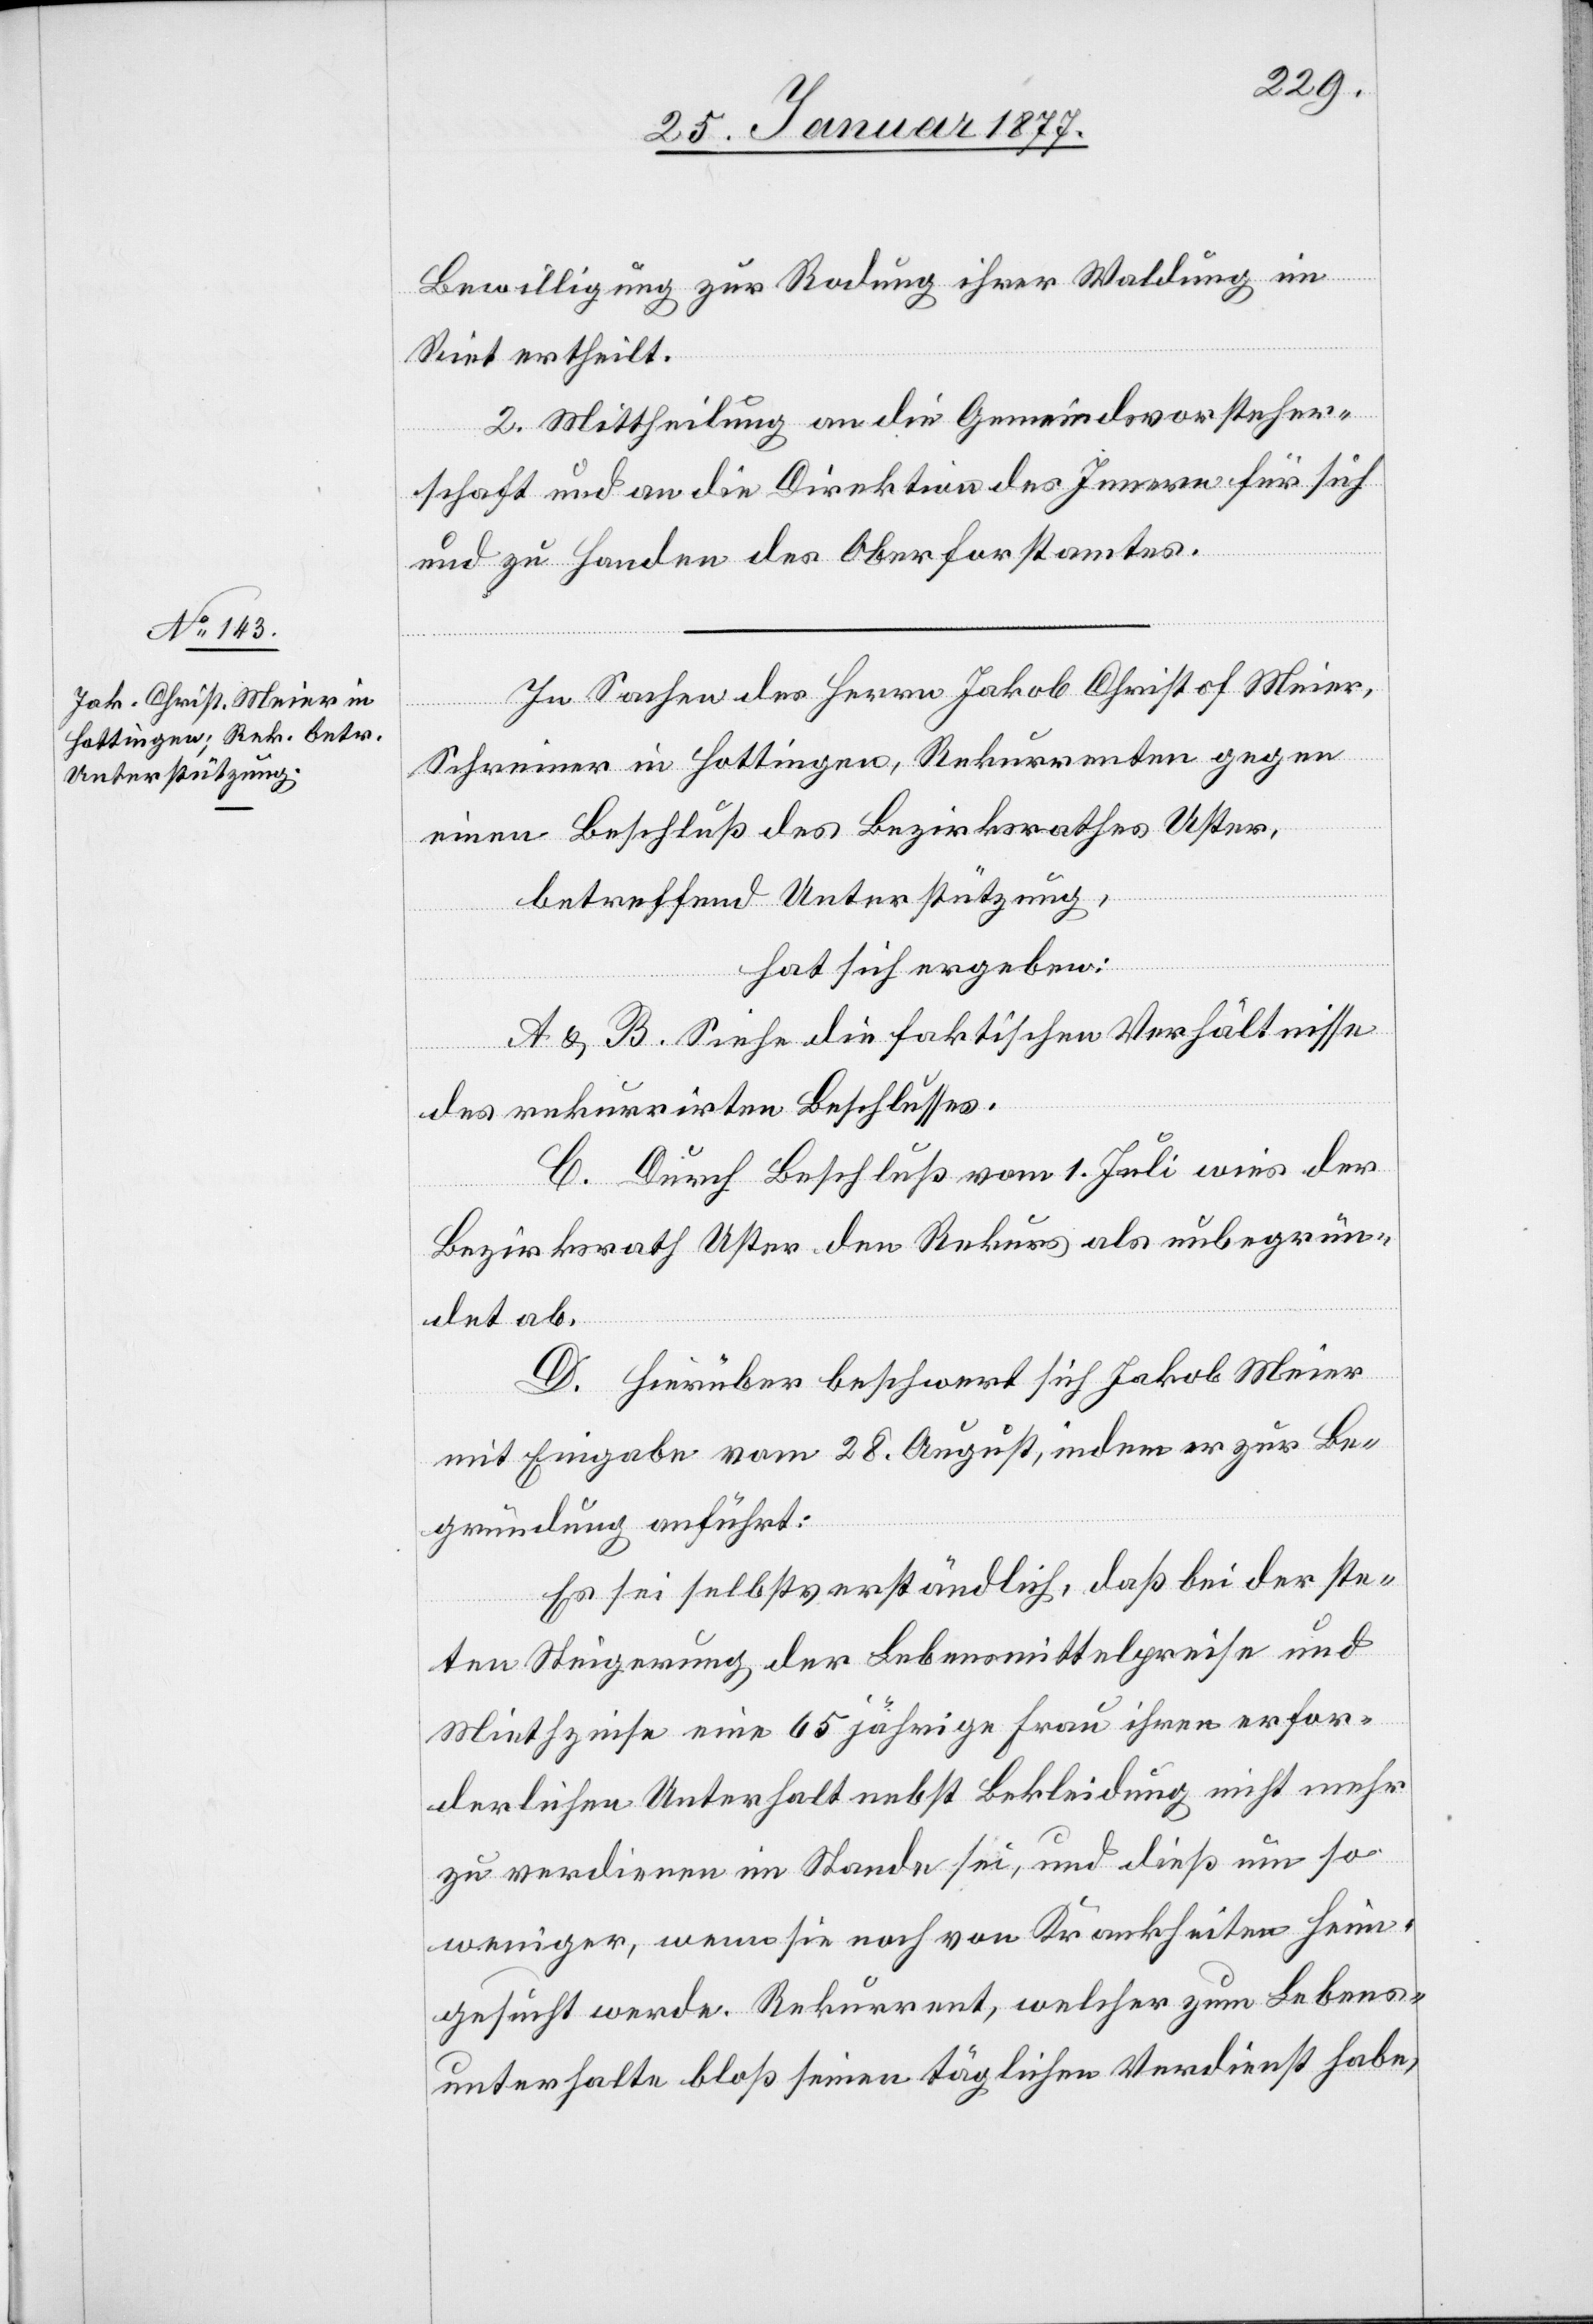
Bewilligung zur Rodung ihrer Waldung im
Riet ertheilt.
2. Mittheilung an die Gemeindsvorsteher¬
schaft und an die Direktion des Innern für sich
und zu Handen des Oberforstamtes.
In Sachen des Herrn Jakob Christoph Meier,
Schreiner in Hottingen, Rekurrenten gegen
einen Beschluß des Bezirksrathes Uster,
betreffend Unterstützung,
hat sich ergeben:
A & B. Siehe die faktischen Verhältnisse
des rekurrirten Beschlusses.
C. Durch Beschluß vom 1. Juli wies der
Bezirksrath Uster den Rekurs als unbegrün¬
det ab.
D. Hierüber beschwert sich Jakob Meier
mit Eingabe vom 28. August, indem er zur Be¬
gründung anführt:
Es sei selbstverständlich, daß bei der ste¬
ten Steigerung der Lebensmittelpreise und
Miethzinse eine 65 jährige Frau ihren erfor¬
derlichen Unterhalt nebst Bekleidung nicht mehr
zu verdienen im Stande sei, und dieß um so
weniger, wenn sie noch von Krankheiten heim¬
gesucht werde. Rekurrent, welcher zum Lebens¬
unterhalte bloß seinen täglichen Verdienst habe,